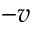
- v